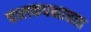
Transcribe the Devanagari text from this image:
चालकपक्षाघात